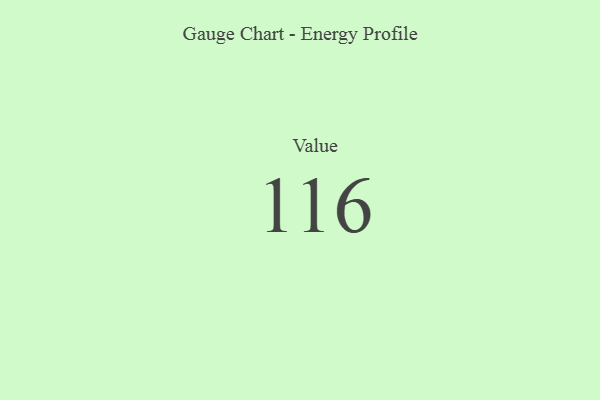
{"axis": {"x": "Metric", "y": "Value"}, "legend": [""], "data": [{"x": "Value", "y": 116, "type": ""}]}